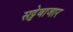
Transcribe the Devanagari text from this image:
सट्टेबाजार